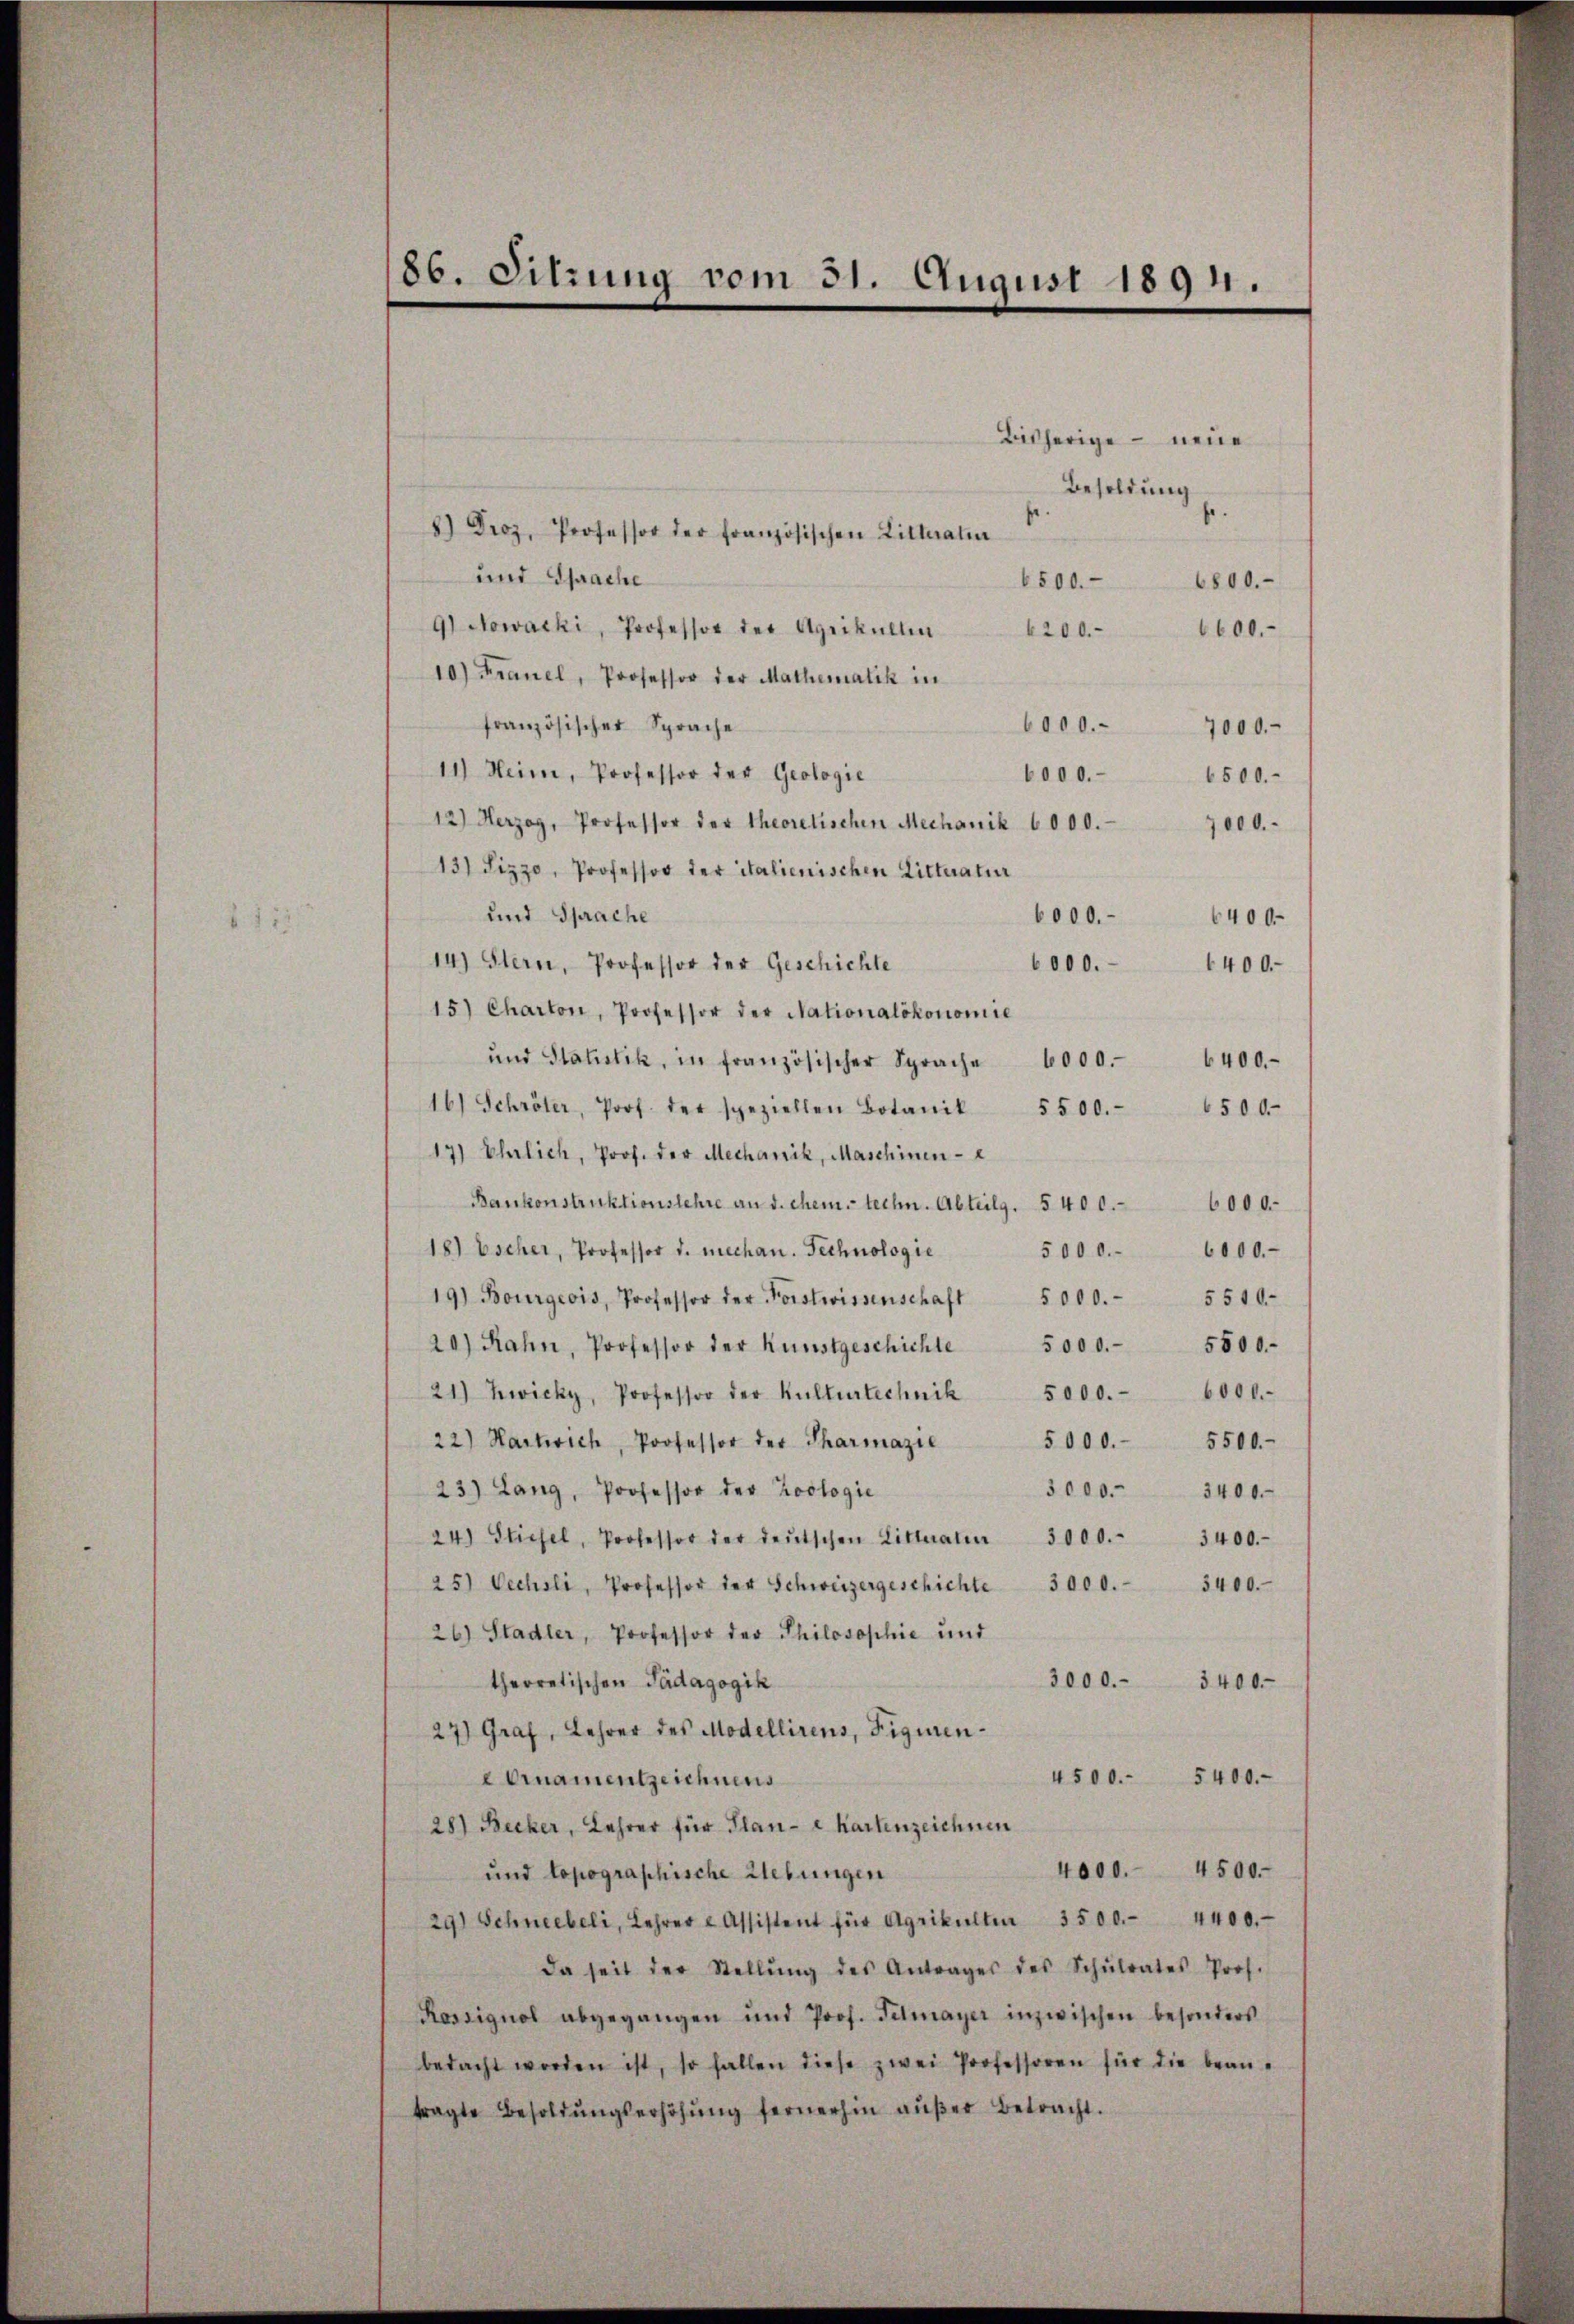
86. Sitzung vom 31. August 1894.

6000. 6400.-

Bisherige – neue
Besoldung
s
8.) Droz. Professor der französischen Litteraten
und Sprache
6800.
6500.
9) Nowacki, Professor der Agrikullen
4200.
10) Franel, Professor der Mathematik in
französischer Sprache
6000.
11) Heim, Professor der Geologie
6000.
12.) Herzog, Professor der theoretischen Mechanik 6000.
13) Sizzo, Professor der italienischen Litteratur
und Sprache
6000.- 6400.
14) Stern, Professor der Geschichte
15) Charton, Professor der Nationalökonomie
ŭnd Statistik, in französischer Sprache 6000.
16) Schröter, Prof. der speziellen Botanik
5500.
17) Ehrlich, Prof. der Mechanik, Maschinen- e
Bankonstruktionslehre an d. chem techn. Abteilg. 5 400.
18) Escher, Professor d. mechan. Technologie
5000.- 6000.
19) Bourgeois, Professor der Forstwissenschaft 5000. 5510-
20) Rahn, Professor der Kunstgeschichte 5000.- 5800.-
21) Zwicky, Professor der Kulturtechnik 5000. 6000.-
5000. 5500.
22) Hartich, Professor der Pharmazie
23) Lang, Professor der Zoologie
3000. 3400.
24. Stiefel, Professor der deutschen Litteratier 3000. 3400.-
25) Vechsli, Professor der Schweizergeschichte 3000.
5400.
26) Stadler, Professor der Philosophie und
3000.
theoretischen Pädagogik
3400.
27) Graf, Lehrer des Modellirens, Figuren¬
4500. 5400.
eOrnamentzeichnens
28) Becker, Lehrer für Plane Kartenzeichnen
4000. 4500.-
und topographische Liebungen
29) Schneebeli, Lehrer u Assistent für Agrikulten 3500. 4400.
da seit der Stellŭng des Antrages des Schŭlrates Prof.
Kassignol abgegangen und Prof. Filmayer inzwischen besonders
bedacht worden ist, so fallen diese zwei Professoren für die bean-
tragte Besoldŭngserhöhŭng fernerhin aŭβer Betracht.

6600.
6400. –
6500
6000.

6500.
7000.

7000.